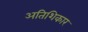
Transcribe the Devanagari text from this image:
अतिशिकार